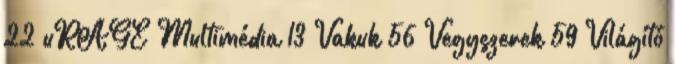
22 uRAGE Multimédia 13 Vakuk 56 Vegyszerek 59 Világító